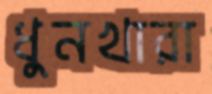
ধুনখারা